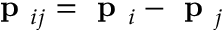
\textbf { p } _ { i j } = \textbf { p } _ { i } - \textbf { p } _ { j }